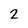
Character: 2